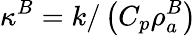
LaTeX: \kappa^{B}=k/\left(C_{p}\rho_{a}^{B}\right)